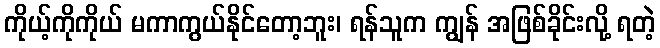
ကိုယ့်ကိုကိုယ် မကာကွယ်နိုင်တော့ဘူး၊ ရန်သူက ကျွန် အဖြစ်ခိုင်းလို့ ရတဲ့